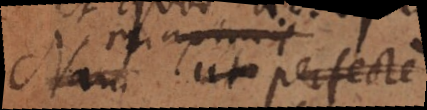
Nam ut perfecte